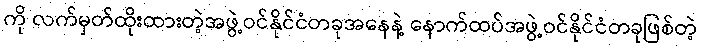
ကို လက်မှတ်ထိုးထားတဲ့အဖွဲ့ဝင်နိုင်ငံတခုအနေနဲ့ နောက်ထပ်အဖွဲ့ဝင်နိုင်ငံတခုဖြစ်တဲ့